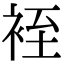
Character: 䘭